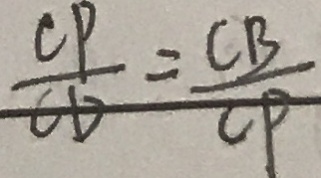
\frac { C P } { C D } = \frac { C B } { C P }